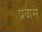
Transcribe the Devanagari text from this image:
प्रवासे